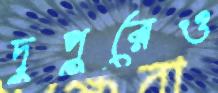
দুপুরেও